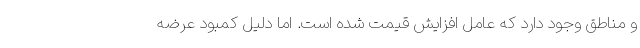
و مناطق وجود دارد که عامل افزایش قیمت شده است. اما دلیل کمبود عرضه